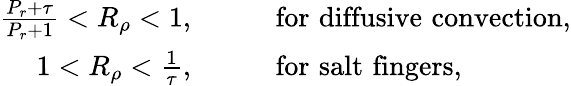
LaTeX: \begin{array}{rl}{\frac{P_{r}+\tau}{P_{r}+1}<R_{\rho}<1,}&{{}\qquad\mathrm{for\, \, diffusive\, \, convection},}\\ {1<R_{\rho}<\frac{1}{\tau},}&{{}\qquad\mathrm{for\, \, salt\, \, fingers},}\end{array}